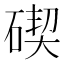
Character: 碶